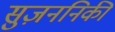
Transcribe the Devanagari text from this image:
सुज़ननिकी